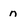
Character: n